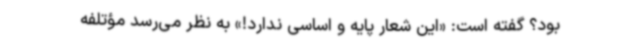
بود؟ گفته است: «این شعار پایه و اساسی ندارد!» به نظر می‌رسد مؤتلفه